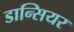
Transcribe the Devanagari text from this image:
डान्सियर